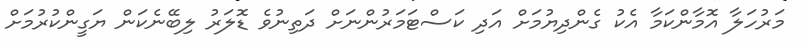
މަރުހަލާ އޮމާންކަމާ އެކު ގެންދިޔުމަށް އަދި ކަސްޓަމަރުންނަށް ދަތިނުވެ ޑޮލަރު ލިބޭނެކަން ޔަގީންކުރުމަށް